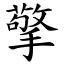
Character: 擎